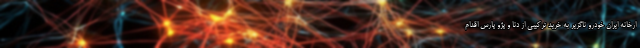
ارخانه ایران خودرو ناگزیر به خرید ترکیبی از دنا و پژو پارس اقدام